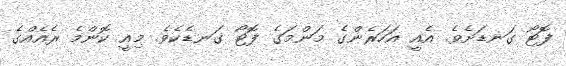
ފޮޓޯ ގަނޑަށެވެ. އެއީ އަހަރެންގެ މަންމަގެ ފޮޓޯ ގަނޑެކެވެ. މިއީ ކޮންމެ ރެއެއްގެ